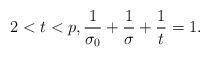
LaTeX: \begin{align*}2 < t < p, \frac{1}{\sigma_0}+\frac{1}{\sigma}+\frac{1}{t}=1.\end{align*}